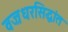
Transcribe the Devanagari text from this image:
वज्रधरसिद्धांत